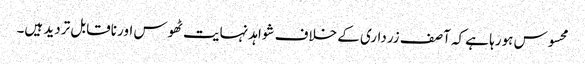
محسوس ہورہا ہے کہ آصف زرداری کے خلاف شواہد نہایت ٹھوس اور ناقابل تردید ہیں۔